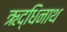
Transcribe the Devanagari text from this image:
ऋद्धिनाथ